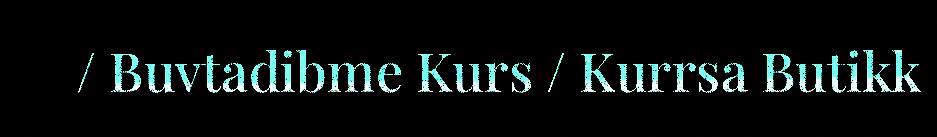
/ Buvtadibme Kurs / Kurrsa Butikk